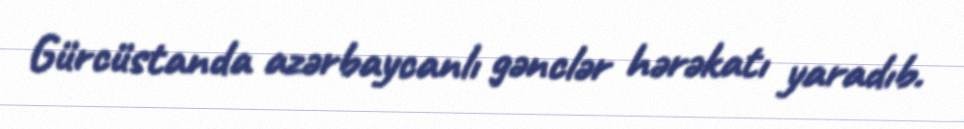
Gürcüstanda azərbaycanlı gənclər hərəkatı yaradıb.